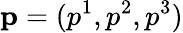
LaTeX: \mathbf{p}=(p^{1},p^{2},p^{3})